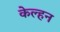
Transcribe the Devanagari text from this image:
केल्हन